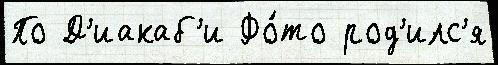
По Д'иакаб'и Фо́то род'илс'я